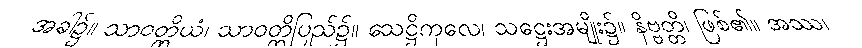
အခါ၌။ သာဝတ္ထိယံ၊ သာဝတ္ထိပြည်၌။ သေဋ္ဌိကုလေ၊ သဋ္ဌေးအမျိုး၌။ နိဗ္ဗတ္တိ၊ ဖြစ်၏။ အဿ၊